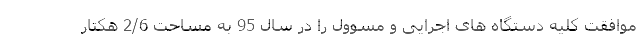
موافقت کلیه دستگاه های اجرایی و مسوول را در سال 95 به مساحت 2/6 هکتار